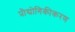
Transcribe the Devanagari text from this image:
प्रौद्योगिकीकरण